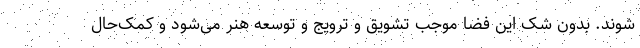
شوند. بدون شک این فضا موجب تشویق و ترویج و توسعه هنر می‌شود و کمک‌حال